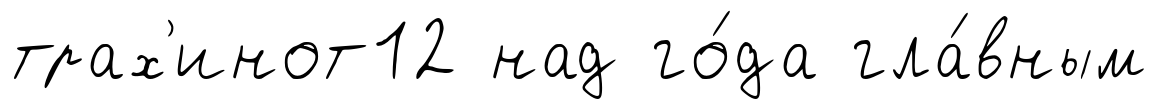
трах'инот12 над го́да гла́вным